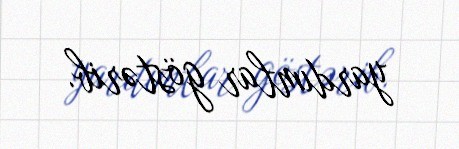
yardımlar göstərib.